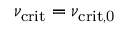
\nu _ { \mathrm { c r i t } } = \nu _ { \mathrm { c r i t , 0 } }